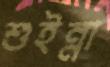
শুইন্না